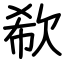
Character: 欷